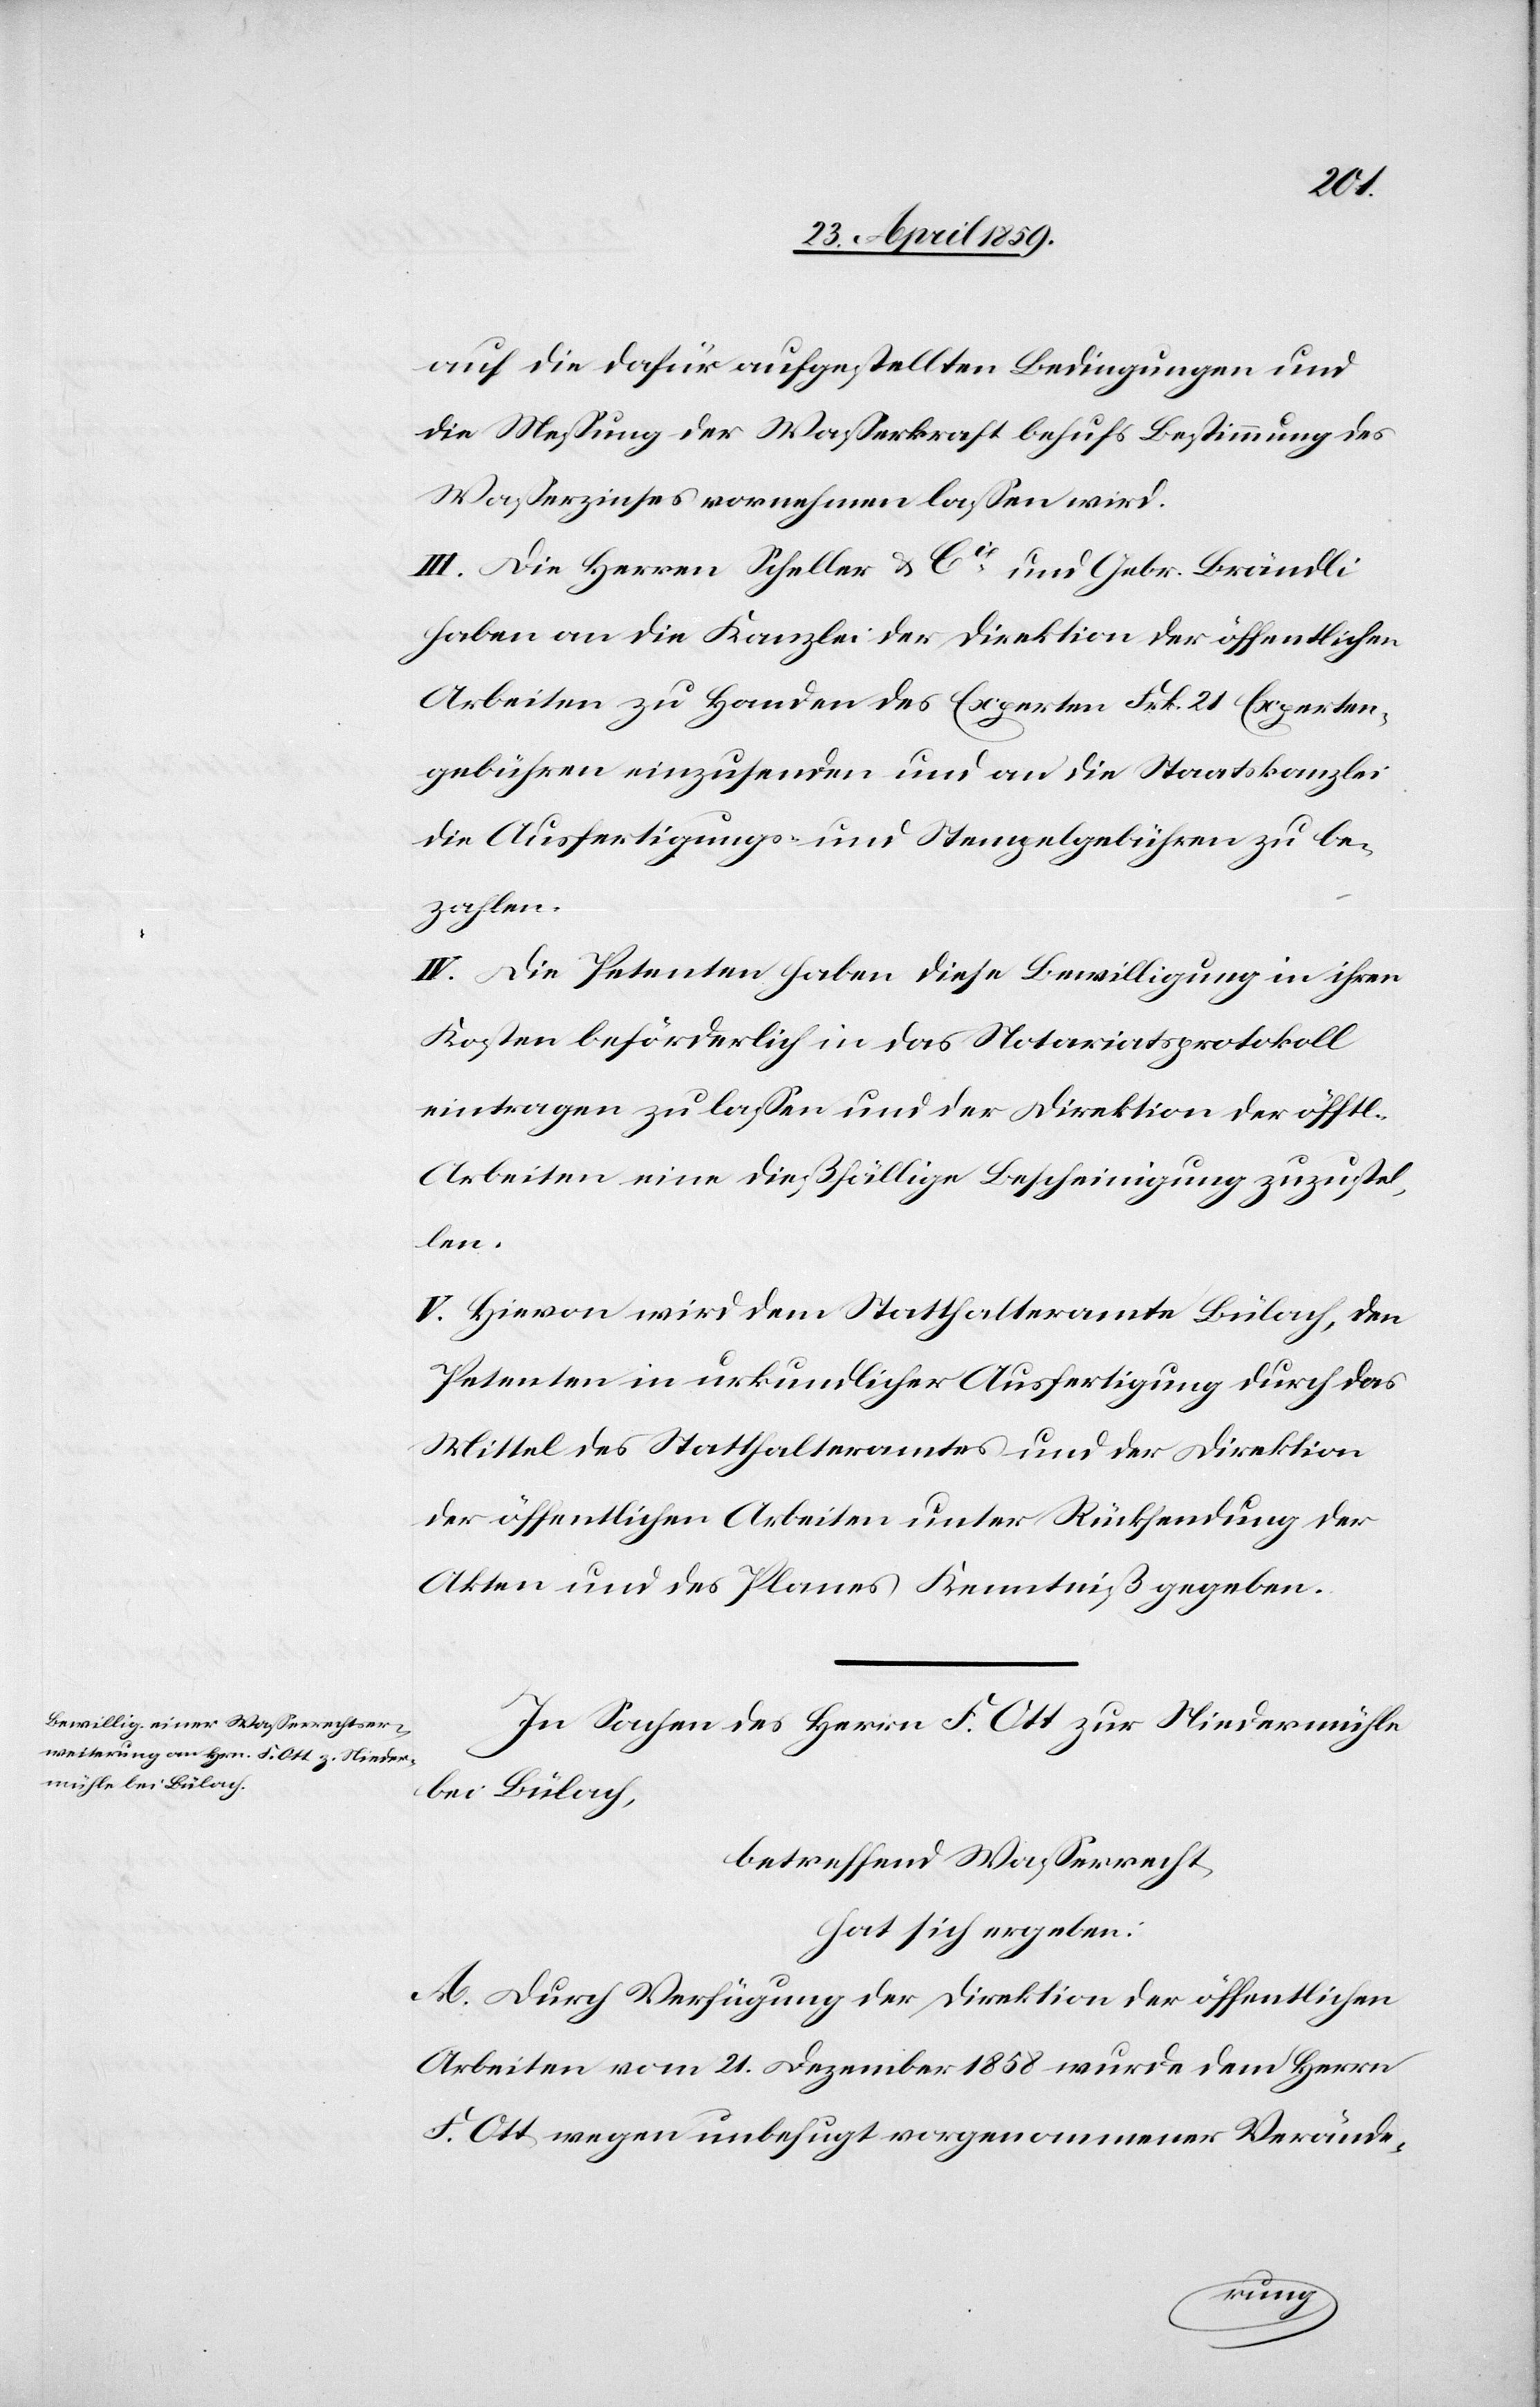
auf die dafür aufgestellten Bedingungen und
die Meßung der Waßerkraft behufs Bestimmung des
Waßerzinses vornehmen laßen wird.
III. Die Herren Scheller & Cie und Gebr. Brändli
haben an die Kanzlei der Direktion der öffentlichen
Arbeiten zu Handen des Experten Frk. 21 Experten¬
gebühren einzusenden und an die Staatskanzlei
die Ausfertigungs- und Stempelgebühren zu be¬
zahlen.
IV. Die Petenten haben diese Bewilligung in ihren
Kosten beförderlich in das Notariatsprotokoll
eintragen zu laßen und der Direktion der öfftl.
Arbeiten eine dießfällige Bescheinigung zuzustel¬
len.
V. Hievon wird dem Statthalteramte Bülach, den
Petenten in urkundlicher Ausfertigung durch das
Mittel des Statthalteramtes und der Direktion
der öffentlichen Arbeiten unter Rücksendung der
Akten und des Planes Kenntniß gegeben.
In Sachen des Herrn F. Ott zur Niedermühle
bei Bülach,
betreffend Waßerrecht,
hat sich ergeben:
A. Durch Verfügung der Direktion der öffentlichen
Arbeiten vom 21. Dezember 1858 wurde dem Herrn
F. Ott wegen unbefugt vorgenommener Verände-